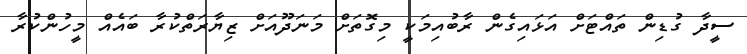
ސީދާ ގުޑިން ތައްޓަށް އަޅައިގެން ރާބުއިމަކީ މިގޮތަށް މަނަދޫއަށް ޒިޔާރަތްކުރާ ބައެއް މީހުންކުރާ